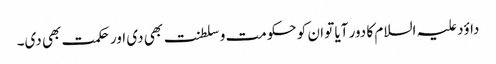
داؤد علیہ السلام کا دور آیا تو ان کو حکومت و سلطنت بھی دی اور حکمت بھی دی۔